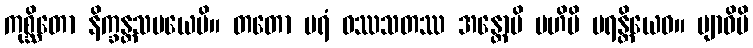
ကုစ္ဆိတော နိက္ခန္တသမယေပိ။ တတော ပရံ ဝဿသတဿ အန္တောပိ ဗဟိပိ မရန္တိယေဝ။ ဗျာဓိပိ